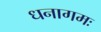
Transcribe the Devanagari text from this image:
धनागमः